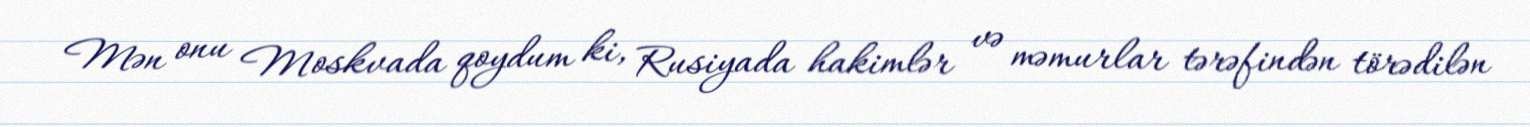
Mən onu Moskvada qoydum ki, Rusiyada hakimlər və məmurlar tərəfindən törədilən